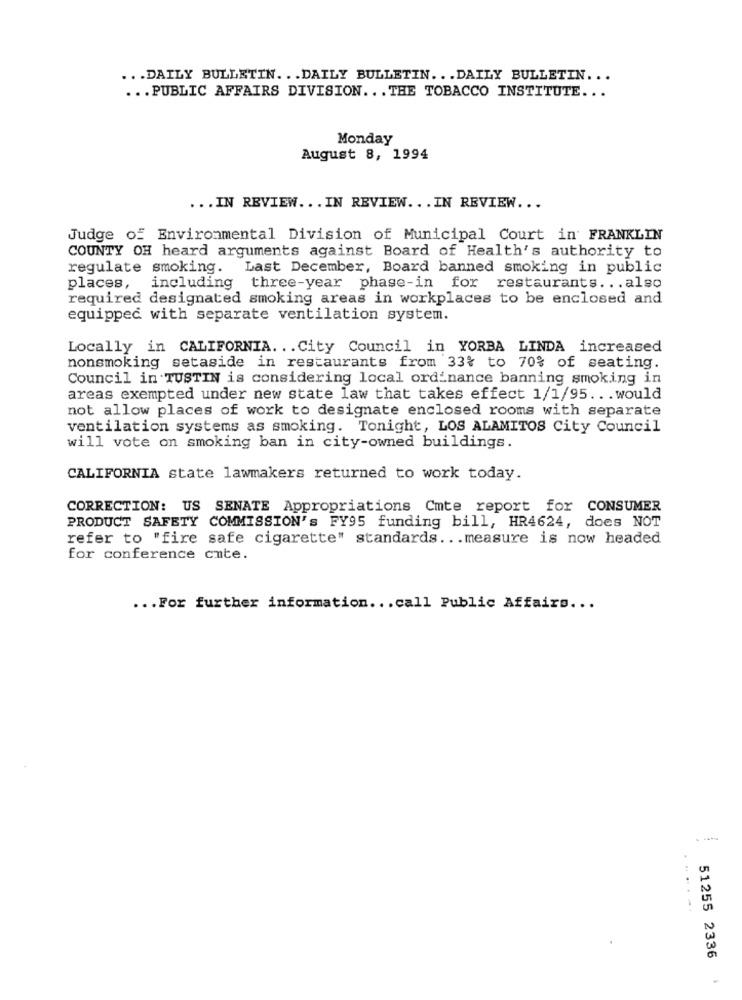
... DAILY BULLETIN. .. DAILY BULLETIN. .. DAILY BULLETIN ...
... PUBLIC AFFAIRS DIVISION ... THE TOBACCO INSTITUTE ...
Monday
August 8, 1994
... IN REVIEW ... IN REVIEW ... IN REVIEW ...
Judge of Environmental Division of Municipal Court in FRANKLIN
COUNTY OH heard arguments against Board of Health's authority to
regulate smoking.
Last December, Board banned smoking in public
places,
including three-year phase-in for restaurants ... also
required designated smoking areas in workplaces to be enclosed and
equipped with separate ventilation system.
Locally in CALIFORNIA. .. City Council in YORBA LINDA increased
nonsmoking setaside in restaurants from 33% to 70% of seating.
Council in TUSTIN is considering local ordinance banning smoking in
areas exempted under new state law that takes effect 1/1/95 ... would
not allow places of work to designate enclosed rooms with separate
ventilation systems as smoking. Tonight, LOS ALAMITOS City Council
will vote on smoking ban in city-owned buildings.
CALIFORNIA state lawmakers returned to work today.
CORRECTION: US SENATE Appropriations Cmte report for CONSUMER
PRODUCT SAFETY COMMISSION's FY95 funding bill, HR4624, does NOT
refer to "fire safe cigarette" standards ... measure is now headed
for conference cute.
... For further information ... call Public Affairs ...
....-
51255 2336